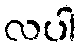
လပါ